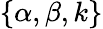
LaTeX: \{ \alpha,\beta,k\}